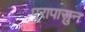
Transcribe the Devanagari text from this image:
पूरापासुन